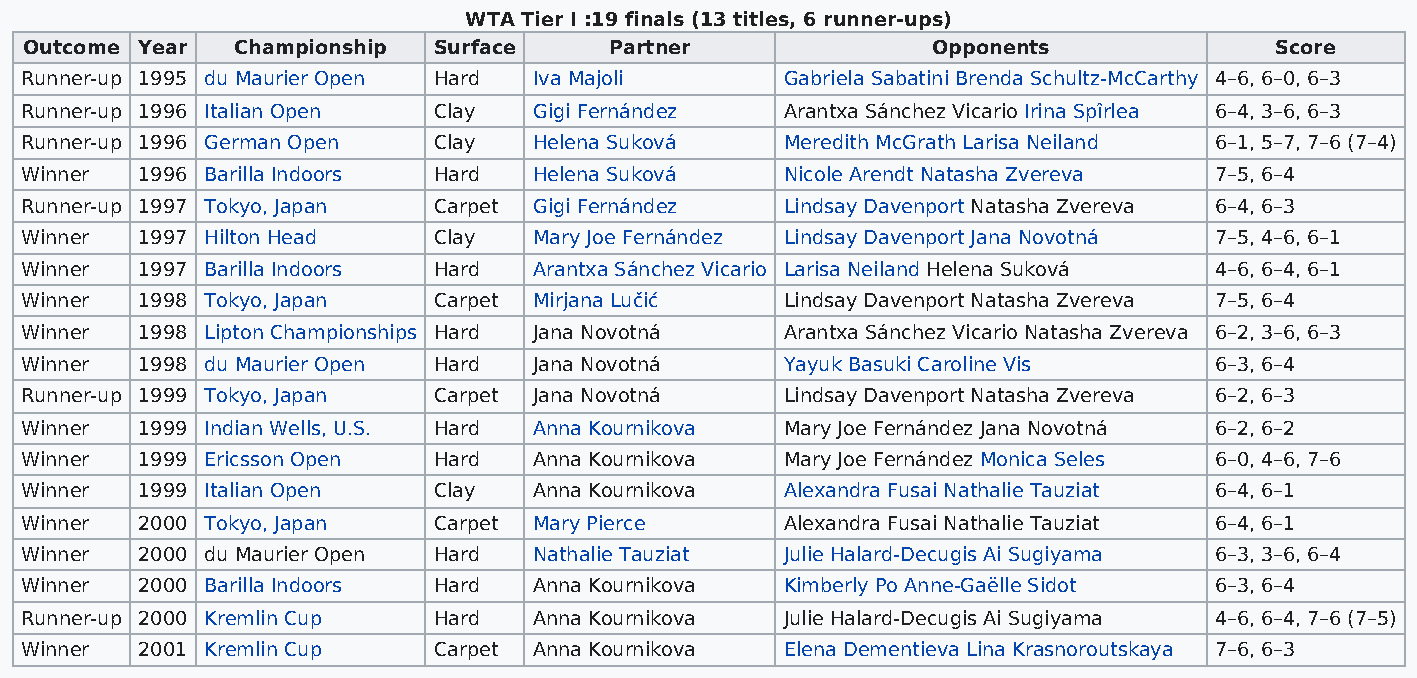
WTA Tier I :19 finals (13 titles, 6 runner-ups)
 Outcome Year Championship  Surface    Partner               Opponents             Score
 Runner-up 1995 du Maurier Open Hard Iva Majoli     Gabriela Sabatini Brenda Schultz-McCarthy 4–6, 6–0, 6–3
 Runner-up 1996 Italian Open Clay  Gigi Fernández   Arantxa Sánchez Vicario Irina Spîrlea 6–4, 3–6, 6–3
 Runner-up 1996 German Open  Clay  Helena Suková    Meredith McGrath Larisa Neiland 6–1, 5–7, 7–6 (7–4)
 Winner  1996 Barilla Indoors Hard Helena Suková    Nicole Arendt Natasha Zvereva 7–5, 6–4
 Runner-up 1997 Tokyo, Japan Carpet Gigi Fernández  Lindsay Davenport Natasha Zvereva 6–4, 6–3
 Winner  1997 Hilton Head    Clay  Mary Joe Fernández Lindsay Davenport Jana Novotná 7–5, 4–6, 6–1
 Winner  1997 Barilla Indoors Hard Arantxa Sánchez Vicario Larisa Neiland Helena Suková 4–6, 6–4, 6–1
 Winner  1998 Tokyo, Japan   Carpet Mirjana Lučić   Lindsay Davenport Natasha Zvereva 7–5, 6–4
 Winner  1998 Lipton Championships Hard Jana Novotná Arantxa Sánchez Vicario Natasha Zvereva 6–2, 3–6, 6–3
 Winner  1998 du Maurier Open Hard Jana Novotná     Yayuk Basuki Caroline Vis   6–3, 6–4
 Runner-up 1999 Tokyo, Japan Carpet Jana Novotná    Lindsay Davenport Natasha Zvereva 6–2, 6–3
 Winner  1999 Indian Wells, U.S. Hard Anna Kournikova Mary Joe Fernández Jana Novotná 6–2, 6–2
 Winner  1999 Ericsson Open  Hard  Anna Kournikova  Mary Joe Fernández Monica Seles 6–0, 4–6, 7–6
 Winner  1999 Italian Open   Clay  Anna Kournikova  Alexandra Fusai Nathalie Tauziat 6–4, 6–1
 Winner  2000 Tokyo, Japan   Carpet Mary Pierce     Alexandra Fusai Nathalie Tauziat 6–4, 6–1
 Winner  2000 du Maurier Open Hard Nathalie Tauziat Julie Halard-Decugis Ai Sugiyama 6–3, 3–6, 6–4
 Winner  2000 Barilla Indoors Hard Anna Kournikova  Kimberly Po Anne-Gaëlle Sidot 6–3, 6–4
 Runner-up 2000 Kremlin Cup  Hard  Anna Kournikova  Julie Halard-Decugis Ai Sugiyama 4–6, 6–4, 7–6 (7–5)
 Winner  2001 Kremlin Cup    Carpet Anna Kournikova Elena Dementieva Lina Krasnoroutskaya 7–6, 6–3